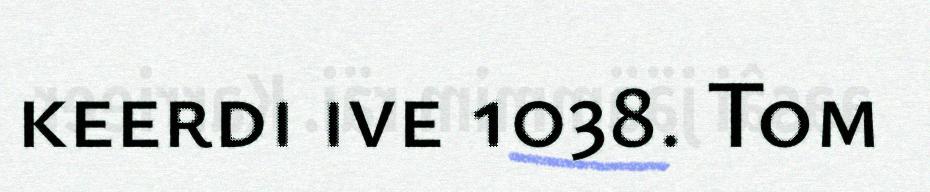
keerdi ive 1038. Tom